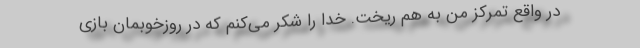
در واقع تمرکز من به هم ریخت. خدا را شکر می‌کنم که در روزخوبمان بازی